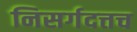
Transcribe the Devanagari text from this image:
निसर्गदत्तच